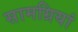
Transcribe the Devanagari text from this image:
सामग्रियां